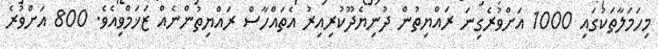
މިހަމަލާތަކުގައި 1000 އަށްވުރެގިނަ ރައްޔިތުން ދުނިޔެދޫކުރިއިރު އެތައްހާސް ރައްޔިތުންނެއް ޒަޚަމްވިއެވެ. 800 އަށްވުރެ